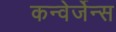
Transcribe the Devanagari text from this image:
कन्वेर्जेन्स